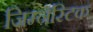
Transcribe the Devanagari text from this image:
जिम्नॅस्टिक